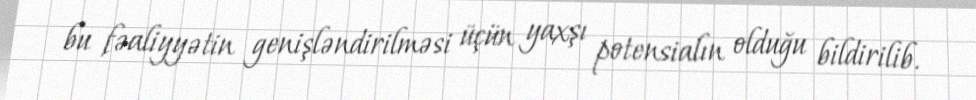
bu fəaliyyətin genişləndirilməsi üçün yaxşı potensialın olduğu bildirilib.